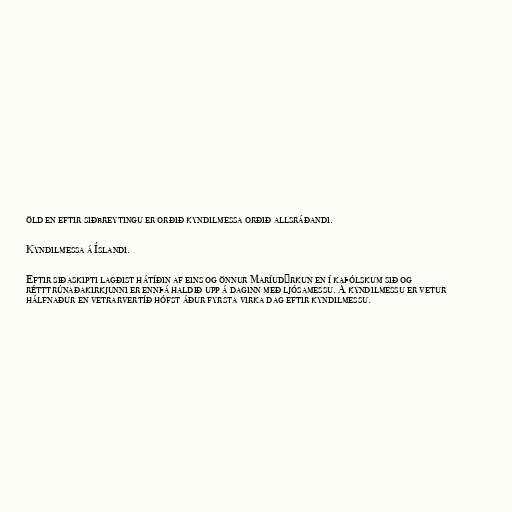
öld en eftir siðbreytingu er orðið kyndilmessa orðið allsráðandi.

Kyndilmessa á Íslandi.

Eftir siðaskipti lagðist hátíðin af eins og önnur Maríudýrkun en í kaþólskum sið og
rétttrúnaðakirkjunni er ennþá haldið upp á daginn með ljósamessu. Á kyndilmessu er vetur
hálfnaður en vetrarvertíð hófst áður fyrsta virka dag eftir kyndilmessu.